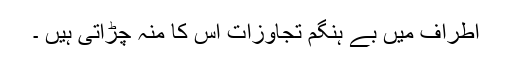
اطراف میں بے ہنگم تجاوزات اس کا منہ چڑاتی ہیں ۔